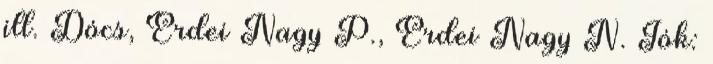
ill. Dócs, Erdei Nagy P., Erdei Nagy N. Jók: